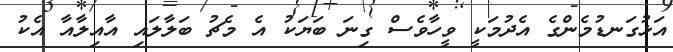
އަޅުގަނޑުމެންގެ އެދުމަކީ ވީހާވެސް ގިނަ ބަޔަކު އެ މެޗު ބަލާލައި އާއިލާއާ އެކު